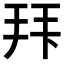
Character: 𭠠